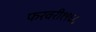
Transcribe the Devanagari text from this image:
फरवरी१९६८